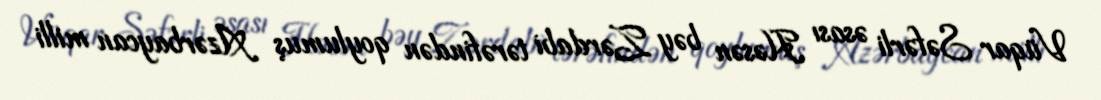
Vüqar Səfərli əsası Həsən bəy Zərdabi tərəfindən qoylumuş Azərbaycan milli